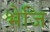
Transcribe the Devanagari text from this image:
भेजि